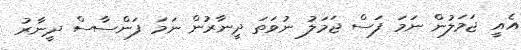
އެއީ ޖަމަލުން ނަމަ ފަސް ޖަމަލު ނުވަތަ ދީނާރުން ނަމަ ފަންސާސް ދީނާރު